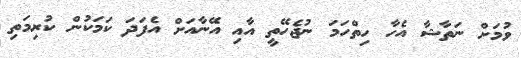
ވުމަށް ނަތާޝާ އެހާ ހިތްހަމަ ނުޖެހޭތީ އާއި އޭނާއަށް އެފަދަ ކަމަކުން ކުރިމަތި